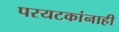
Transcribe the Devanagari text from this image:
परयटकांनाही